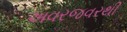
અવરજવરથી